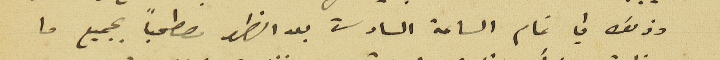
وذلك في تمام الساعة السادسة بعد الظهر مصطحباً بجميع ما